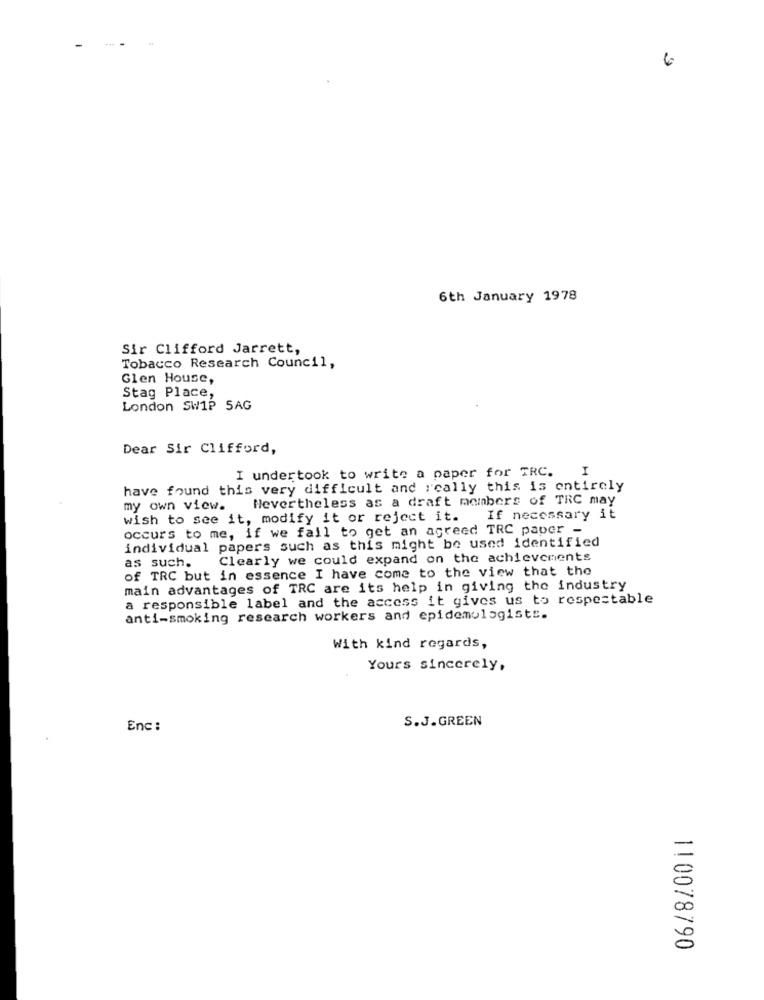
6
6th January 1978
Sir Clifford Jarrett,
Tobacco Research Council,
Glen House,
Stag Place,
London SW1P 5AG
Dear Sir Clifford,
I undertook to write a paper for TRC. I
have found this very difficult and really this is entirely
my own view. Hevertheless as a draft members of TRC may
wish to see it, modify it or reject it.
If necessary it
occurs to me, if we fail to get an agreed TRC paper -
individual papers such as this might be used identified
as such. Clearly we could expand on the achievements
of TRC but in essence I have come to the view that the
main advantages of TRC are its help in giving the industry
a responsible label and the access it gives us to respectable
anti-smoking research workers and epidemologists.
With kind regards,
Yours sincerely,
S.J.GREEN
Enc:
110078790